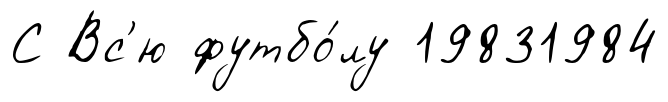
С Вс'ю футбо́лу 19831984